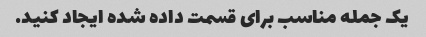
یک جمله مناسب برای قسمت داده شده ایجاد کنید.